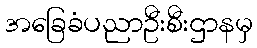
အခြေခံပညာဦးစီးဌာနမှ